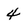
Character: 4